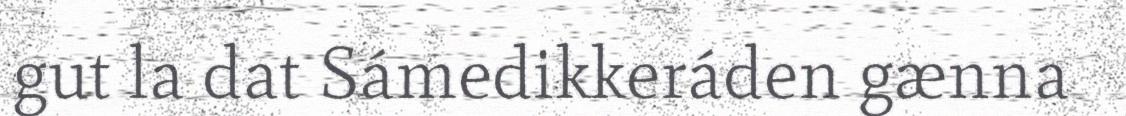
gut la dat Sámedikkeráden gænna